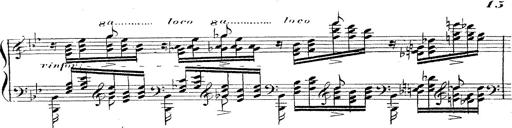
Title: 12 Lieder von Franz Schubert
Composer: Franz Liszt